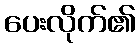
ပေးလိုက်၏